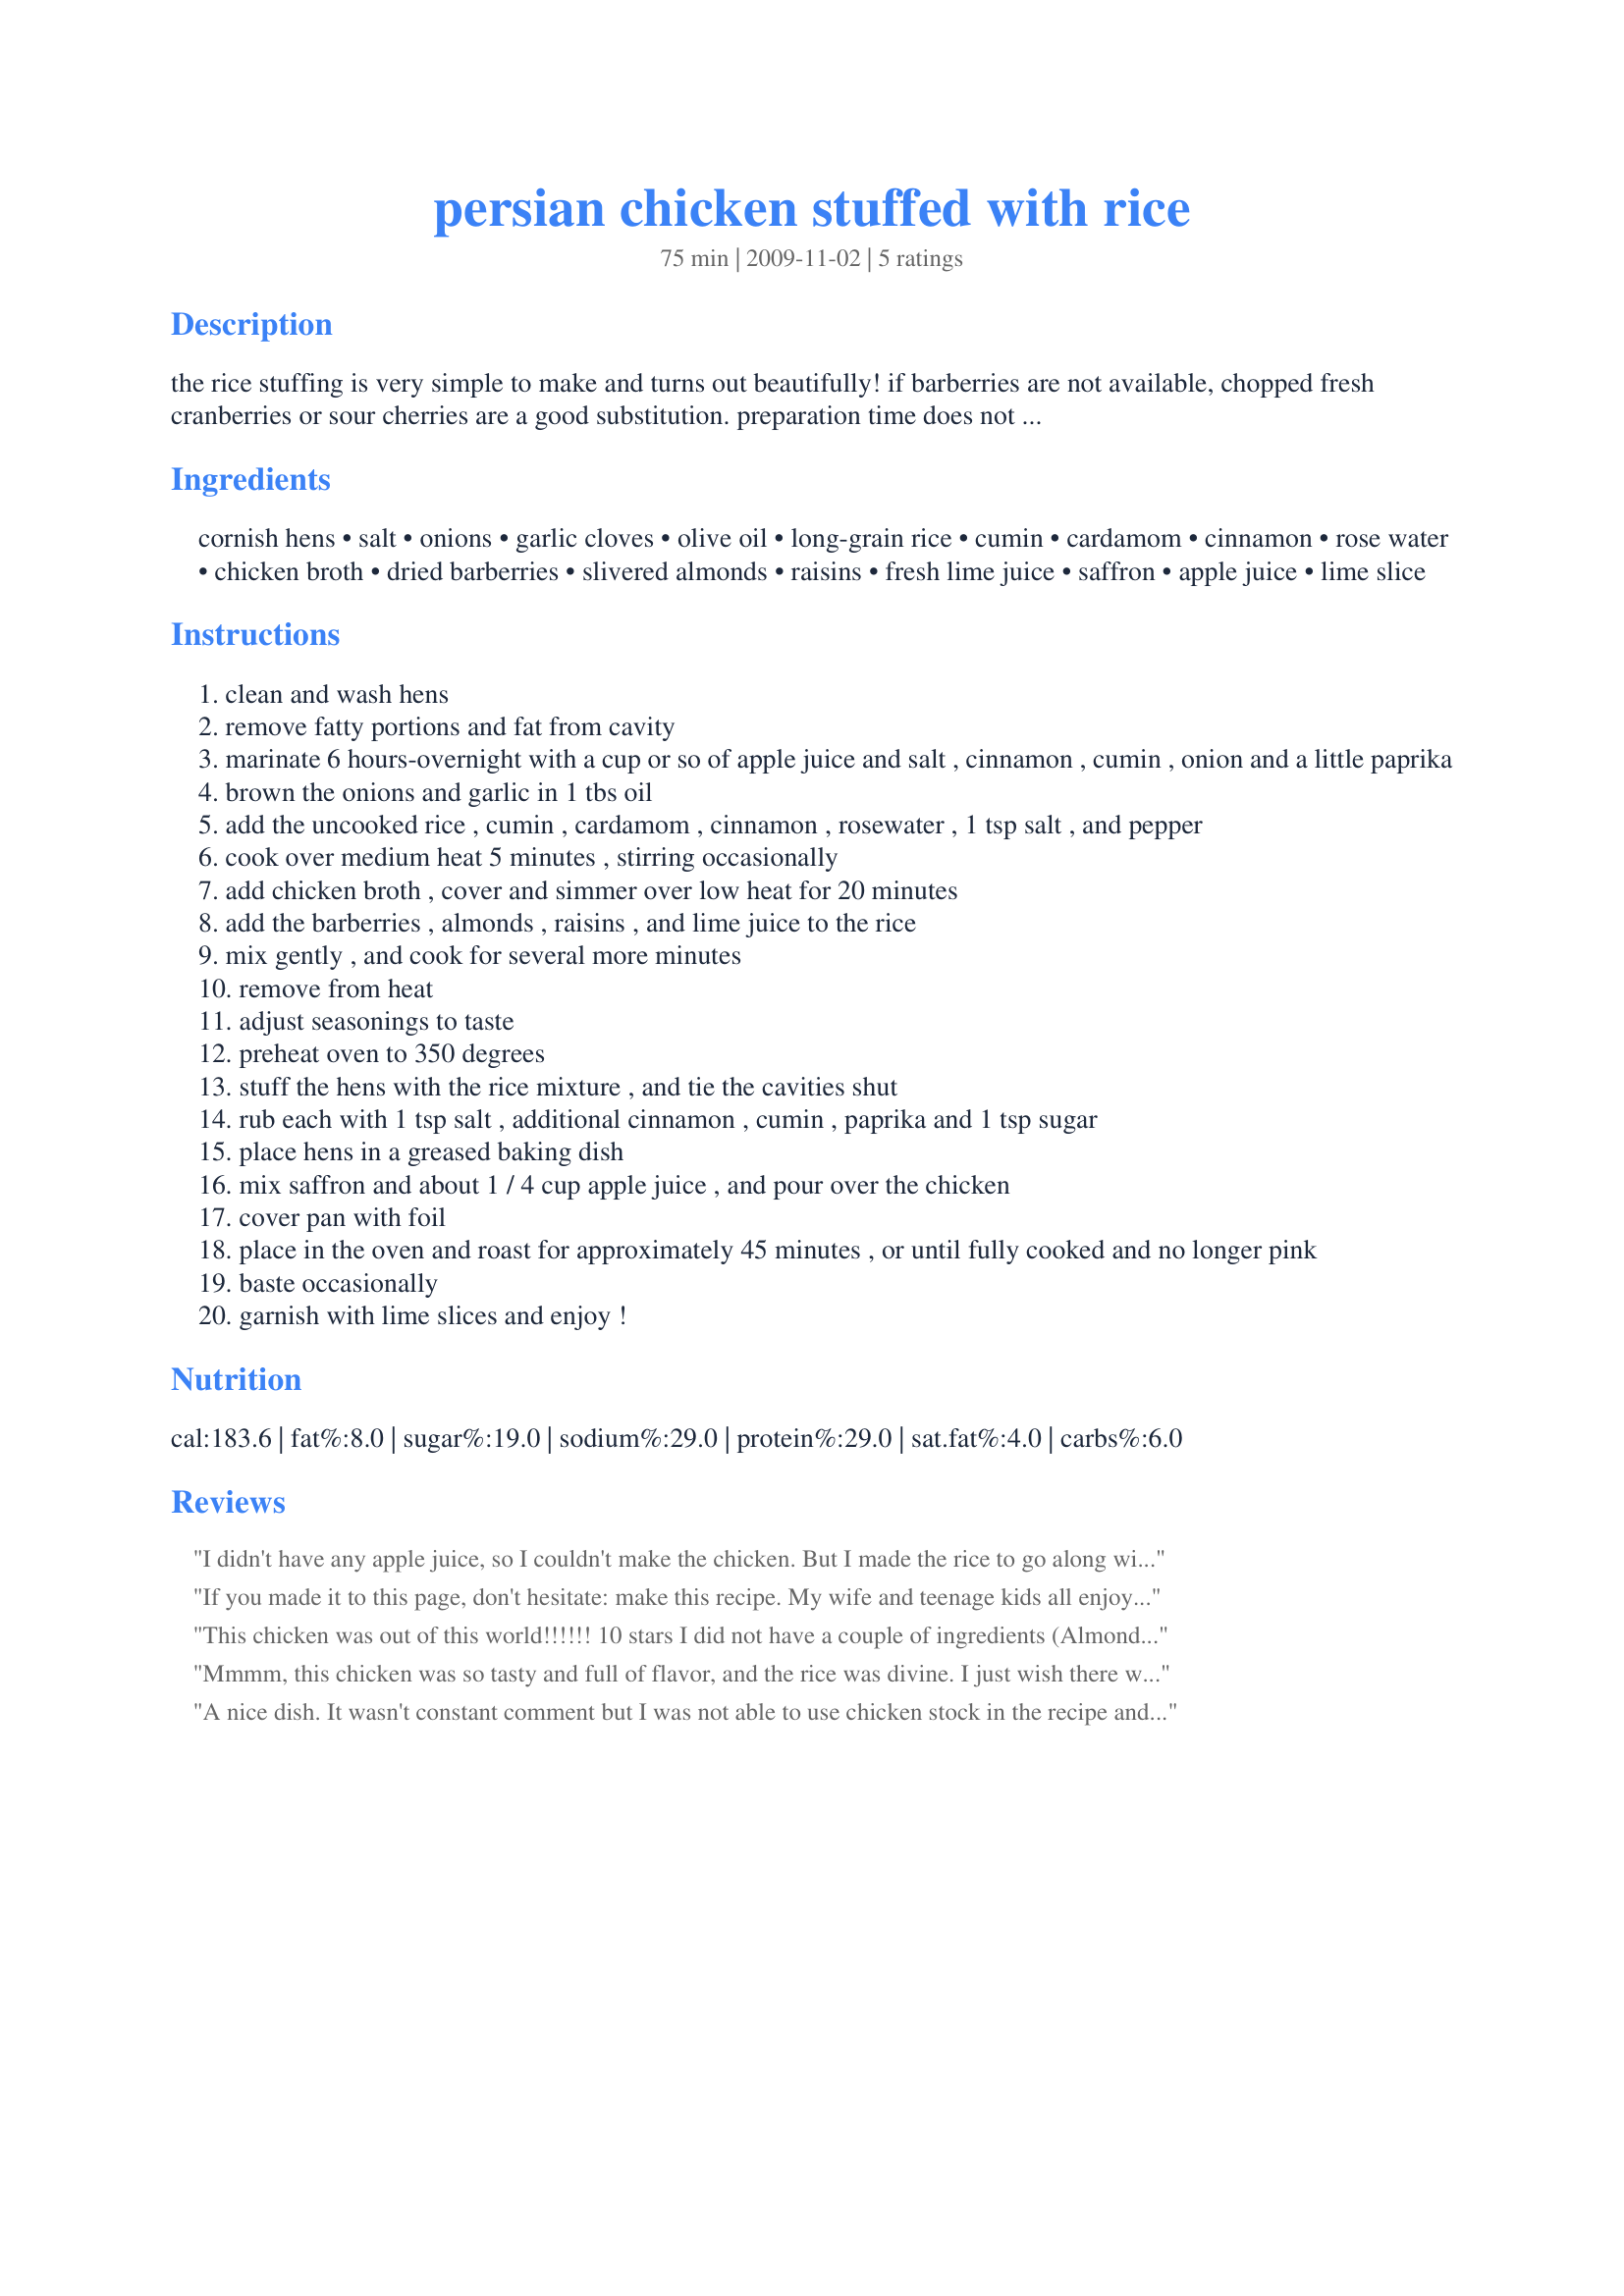
persian chicken stuffed with rice
Preparation time: 75 minutes

the rice stuffing is very simple to make and turns out beautifully! if barberries are not available, chopped fresh cranberries or sour cherries are a good substitution. preparation time does not include marinating time. adapted from persian cooking for a healthy kitchen" by najmieh batmanglij.

Ingredients:
cornish hens, salt, onions, garlic cloves, olive oil, long-grain rice, cumin, cardamom, cinnamon, rose water, chicken broth, dried barberries, slivered almonds, raisins, fresh lime juice, saffron, apple juice, lime slice

Steps:
clean and wash hens
remove fatty portions and fat from cavity
marinate 6 hours-overnight with a cup or so of apple juice and salt , cinnamon , cumin , onion and a little paprika
brown the onions and garlic in 1 tbs oil
add the uncooked rice , cumin , cardamom , cinnamon , rosewater , 1 tsp salt , and pepper
cook over medium heat 5 minutes , stirring occasionally
add chicken broth , cover and simmer over low heat for 20 minutes
add the barberries , almonds , raisins , and lime juice to the rice
mix gently , and cook for several more minutes
remove from heat
adjust seasonings to taste
preheat oven to 350 degrees
stuff the hens with the rice mixture , and tie the cavities shut
rub each with 1 tsp salt , additional cinnamon , cumin , paprika and 1 tsp sugar
place hens in a greased baking dish
mix saffron and about 1 / 4 cup apple juice , and pour over the chicken
cover pan with foil
place in the oven and roast for approximately 45 minutes , or until fully cooked and no longer pink
baste occasionally
garnish with lime slices and enjoy !

Reviews:
I didn't have any apple juice, so I couldn't make the chicken. But I made the rice to go along with a roast chicken recipe I was making. The rice was absolutely delicious and I will make again many times. I have had a lot of similar persian rice dishes but what I liked about this one was the use of the sultanas along with the barbarries (I liked having both sour and sweet elements). I cooked the rice on high heat for 10 minutes after adding the stock and a bit of additional water, I kept stirring it occasionally and adding a little more water whenever the water would evaporate, until the rice had softened (and water nearly completely evaporated). Then I added the berries, raisins and almonds, put a lid on and let it simmer in low heat for 20 minutes. Then I stirred it a little to push the top layer under the lower layers (to make sure it would cook) and I put a tea towel under the lid and turned the heat off and let the rice sit for 30 minutes (this takes away all the excess moisture). Thank you for this recipe. I hope to try the chicken also in the future.
If you made it to this page, don't hesitate: make this recipe. My wife and teenage kids all enjoyed this (and told me to write "delicious" in our review!). As a meal for a family of five, I opted for a large whole chicken and, with no access to barberries and with cranberries out of season, I used dried cranberries. (Also, because of allergies, I had to forgo the almonds -- I imagine they make the taste even more complex and delicious.) The only thing I'd do differently next time? I'll make MORE of the rice stuffing and, like Thanksgiving, cook the extra in baking dish alongside the chicken. (Again, my family told me to say that -- they wanted more of that rice stuffing!) One final positive: the rub in Step 4 results in a really beautiful (and tasty) presentation. Thanks, Sephardi Kitchen; this was so good! Made for PAC 2010.
This chicken was out of this world!!!!!! 10 stars I did not have a couple of ingredients (Almonds & Saffron) handy but it did not really matter. The only thing I will change next time I will make it with pieces of chicken rather than a chicken. My husband does not like to imagine the chicken missing its head!!! so I have to cut up the chicken in pieces before I serve it. This will save me some time (stuffing/cutting)
I found extra large organic raisins in a local market that made the rice even fancier. The chicken is great coming out of the oven and it is better the next day. Make sure you double or triple the amount of rice everybody is going to want more!
 
Thank you SK for this great exotic and fairly simple recipe.
Mmmm, this chicken was so tasty and full of flavor, and the rice was divine. I just wish there were more of it. I also added some sliced carrots to the roasting pan, and they came out with a delicious glaze from the chicken fat and apple juice. It all made for a really great meal- thanks for sharing.
A nice dish. It wasn't constant comment but I was not able to use chicken stock in the recipe and that would have added needed flavouring. Do not leave it out. I used baby chickens, sea salt, to taste, butter instead of olive oil for more flavour, Persian rice which I did not soak, just rinsed in quadrupole the amount for stuffing as I cooked some around the chickens based on others reviews so all ingredients in rice were quadrupled unless otherwise noted. I also sprinkled a little white sugar on the rice. The sugar is not in the ingredients list by the way, just the instructions. I used freshly ground cardamom, Iranian rose water (which I feel is superior in taste, aroma, quality), water in place of the chicken stock with needed sea salt added, somewhat less dried barberries (which require picking over first before soaking and rinsing), golden raisins which I rinsed with the barberries to rid of some of the vegetable oil! I added strands of Iranian saffron directly to the apple juice. (Iranian saffron is the best quality in aroma, taste and colour), plus the rest of the ingredients. If I were to make this again I would pound and soak the Iranian saffron in hot water and try taking the skin off the chickens before marinating, as we don't eat it. I served it with recipe#252416. Made for APRIL 2011 NA/ME TAG!
